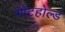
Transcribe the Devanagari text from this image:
गोटहोल्ड